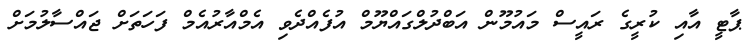
ޕާޓީ އާއި ކުރީގެ ރައީސް މައުމޫން އަބްދުލްގައްޔޫމް އުފެއްދެވި އެމްއާރުއެމް ފަހަތަށް ޖައްސާލުމަށް